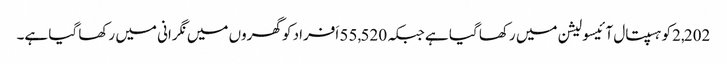
2,202کو ہسپتال آئیسولیشن میں رکھا گیا ہے جبکہ 55,520 اَفراد کو گھروں میں نگرانی میں رکھا گیا ہے۔